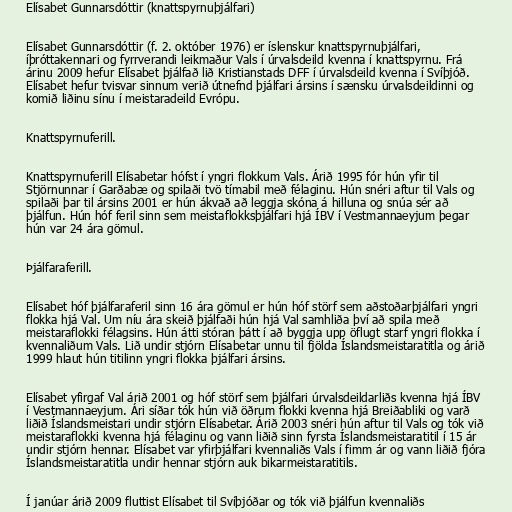
Elísabet Gunnarsdóttir (knattspyrnuþjálfari)

Elísabet Gunnarsdóttir (f. 2. október 1976) er íslenskur knattspyrnuþjálfari,
íþróttakennari og fyrrverandi leikmaður Vals í úrvalsdeild kvenna í knattspyrnu. Frá
árinu 2009 hefur Elísabet þjálfað lið Kristianstads DFF í úrvalsdeild kvenna í Svíþjóð.
Elísabet hefur tvisvar sinnum verið útnefnd þjálfari ársins í sænsku úrvalsdeildinni og
komið liðinu sínu í meistaradeild Evrópu.

Knattspyrnuferill.

Knattspyrnuferill Elísabetar hófst í yngri flokkum Vals. Árið 1995 fór hún yfir til
Stjörnunnar í Garðabæ og spilaði tvö tímabil með félaginu. Hún snéri aftur til Vals og
spilaði þar til ársins 2001 er hún ákvað að leggja skóna á hilluna og snúa sér að
þjálfun. Hún hóf feril sinn sem meistaflokksþjálfari hjá ÍBV í Vestmannaeyjum þegar
hún var 24 ára gömul.

Þjálfaraferill.

Elísabet hóf þjálfaraferil sinn 16 ára gömul er hún hóf störf sem aðstoðarþjálfari yngri
flokka hjá Val. Um níu ára skeið þjálfaði hún hjá Val samhliða því að spila með
meistaraflokki félagsins. Hún átti stóran þátt í að byggja upp öflugt starf yngri flokka í
kvennaliðum Vals. Lið undir stjórn Elísabetar unnu til fjölda Íslandsmeistaratitla og árið
1999 hlaut hún titilinn yngri flokka þjálfari ársins.

Elísabet yfirgaf Val árið 2001 og hóf störf sem þjálfari úrvalsdeildarliðs kvenna hjá ÍBV
í Vestmannaeyjum. Ári síðar tók hún við öðrum flokki kvenna hjá Breiðabliki og varð
liðið Íslandsmeistari undir stjórn Elísabetar. Árið 2003 snéri hún aftur til Vals og tók við
meistaraflokki kvenna hjá félaginu og vann liðið sinn fyrsta Íslandsmeistaratitil í 15 ár
undir stjórn hennar. Elísabet var yfirþjálfari kvennaliðs Vals í fimm ár og vann liðið fjóra
Íslandsmeistaratitla undir hennar stjórn auk bikarmeistaratitils.

Í janúar árið 2009 fluttist Elísabet til Svíþjóðar og tók við þjálfun kvennaliðs